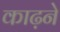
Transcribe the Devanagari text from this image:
काढ़ने